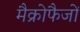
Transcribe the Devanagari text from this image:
मैक्रोफैजों